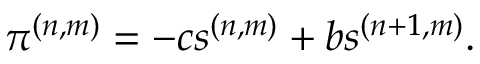
\pi ^ { ( n , m ) } = - c s ^ { ( n , m ) } + b s ^ { ( n + 1 , m ) } .